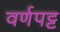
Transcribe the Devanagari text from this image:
वर्णपट्ट